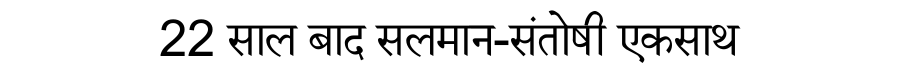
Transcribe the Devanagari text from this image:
22 साल बाद सलमान-संतोषी एकसाथ